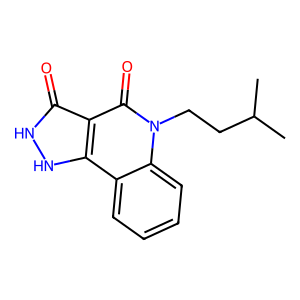
SMILES: CC(C)CCn1c(=O)c2c(=O)[nH][nH]c2c2ccccc21
Inhibits HIV replication: No